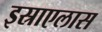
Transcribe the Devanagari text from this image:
इस्राएलास